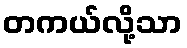
တကယ်လို့သာ